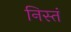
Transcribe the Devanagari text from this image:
निस्तं